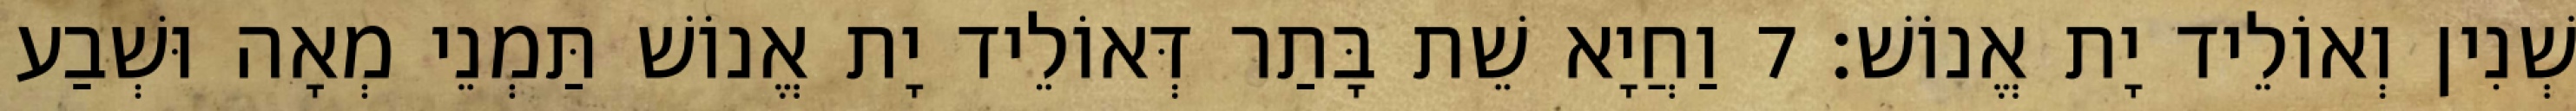
שְׁנִין וְאוֹלֵיד יָת אֱנוֹשׁ׃ 7 וַחֲיָא שֵׁת בָּתַר דְּאוֹלֵיד יָת אֱנוֹשׁ תַּמְנֵי מְאָה וּשְׁבַע